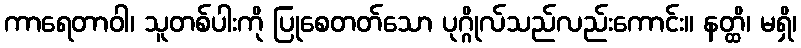
ကာရေတာဝါ၊ သူတစ်ပါးကို ပြုစေတတ်သော ပုဂ္ဂိုလ်သည်လည်းကောင်း။ နတ္ထိ၊ မရှိ၊